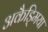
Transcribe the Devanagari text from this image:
अकैड्मिया